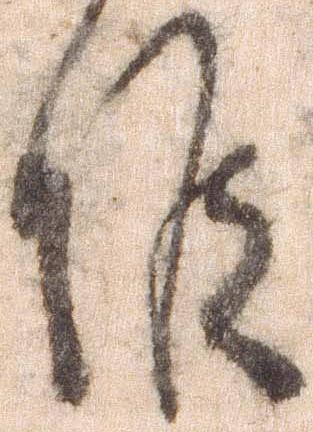
候